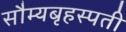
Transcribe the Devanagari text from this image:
सौम्यबृहस्पती